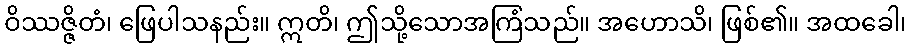
ဝိဿဇ္ဇိတံ၊ ဖြေပါသနည်း။ ဣတိ၊ ဤသို့သောအကြံသည်။ အဟောသိ၊ ဖြစ်၏။ အထခေါ၊